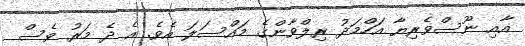
އާއި ނޫސްވެރިޔާ އަހްމަދު ރިލްވާންގެ މައްސަލަ އެވެ. އެ ދެ މަރު ވެސް